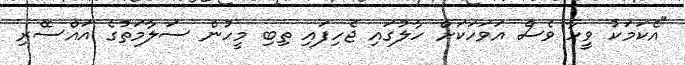
"އެކަމަކު ވީހާ ވެސް އަވަހަކަށް ހާލުގައި ޖެހިފައި ތިބި މީހުން ސަލާމަތުގެ އައްސޭރި